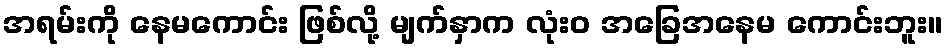
အရမ်းကို နေမကောင်း ဖြစ်လို့ မျက်နှာက လုံးဝ အခြေအနေမ ကောင်းဘူး။